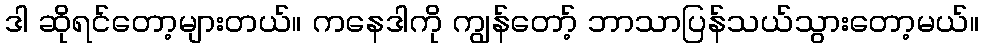
ဒါ ဆိုရင်တော့များတယ်။ ကနေဒါကို ကျွန်တော့် ဘာသာပြန်သယ်သွားတော့မယ်။